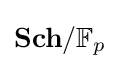
{\textbf {Sch}}/\mathbb {F} _{p}